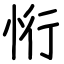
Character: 㤚